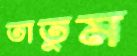
তাতুম